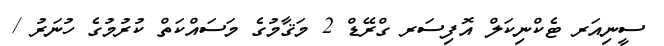
ސީނިއަރ ޓެކްނިކަލް އޮފިސަރ ގްރޭޑް 2 މަޤާމުގެ މަސައްކަތް ކުރުމުގެ ހުނަރު /